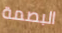
البصمة